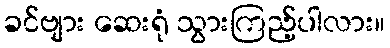
ခင်ဗျား ဆေးရုံ သွားကြည့်ပါလား။